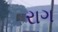
રાગ